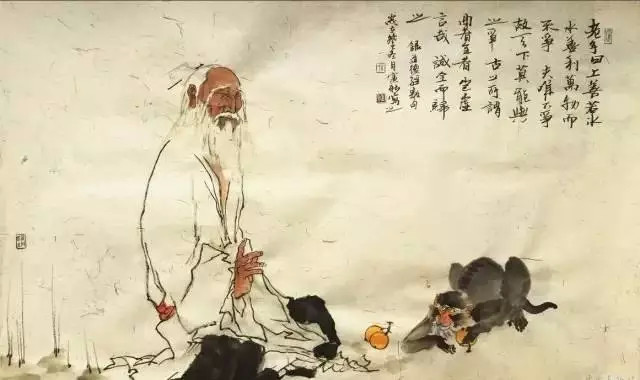
故明主必谨养其和，节其流，开其源，而时斟酌焉。